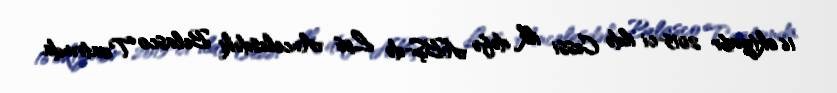
16 oktyabr 2015-ci ildə Cessi ilk dəfə ABŞ-də Los Ancelesdəki Belasco Teatrında